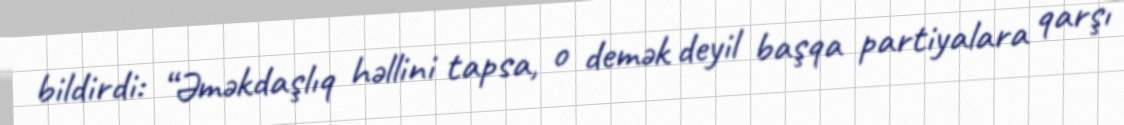
bildirdi: “Əməkdaşlıq həllini tapsa, o demək deyil başqa partiyalara qarşı